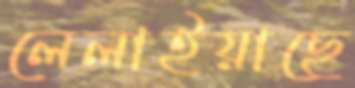
লেলাইয়াছে